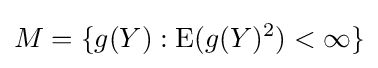
M=\{g(Y):\operatorname {E} (g(Y)^{2})<\infty \}